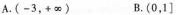
A.(-3，+\infty ) B.(0，1]